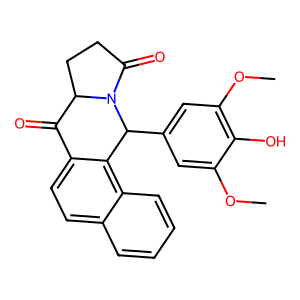
SMILES: COc1cc(C2c3c(ccc4ccccc34)C(=O)C3CCC(=O)N32)cc(OC)c1O
Inhibits HIV replication: No